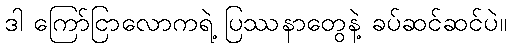
ဒါ ကြော်ငြာလောကရဲ့ ပြဿနာတွေနဲ့ ခပ်ဆင်ဆင်ပဲ။